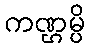
ကဏ္ဌမ္ပိ